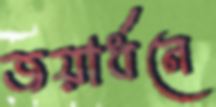
জয়ার্ধনে